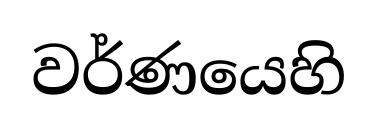
වර්ණයෙහි